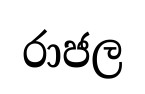
රාජල